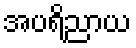
အပရိညာယ